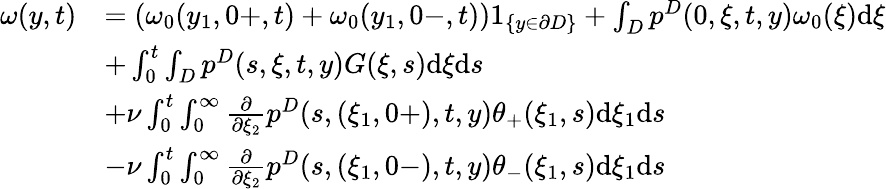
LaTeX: \begin{array}{rl}{\omega(y,t)}&{=(\omega_{0}(y_{1},0+,t)+\omega_{0}(y_{1},0-,t))1_{\{ y\in\partial D\} }+\int_{D}p^{D}(0,\xi,t,y)\omega_{0}(\xi)\textrm{d}\xi}\\ &{+\int_{0}^{t}\int_{D}p^{D}(s,\xi,t,y)G(\xi,s)\textrm{d}\xi\textrm{d}s}\\ &{+\nu\int_{0}^{t}\int_{0}^{\infty}\frac{\partial}{\partial\xi_{2}}p^{D}(s,(\xi_{1},0+),t,y)\theta_{+}(\xi_{1},s)\textrm{d}\xi_{1}\textrm{d}s}\\ &{-\nu\int_{0}^{t}\int_{0}^{\infty}\frac{\partial}{\partial\xi_{2}}p^{D}(s,(\xi_{1},0-),t,y)\theta_{-}(\xi_{1},s)\textrm{d}\xi_{1}\textrm{d}s}\end{array}